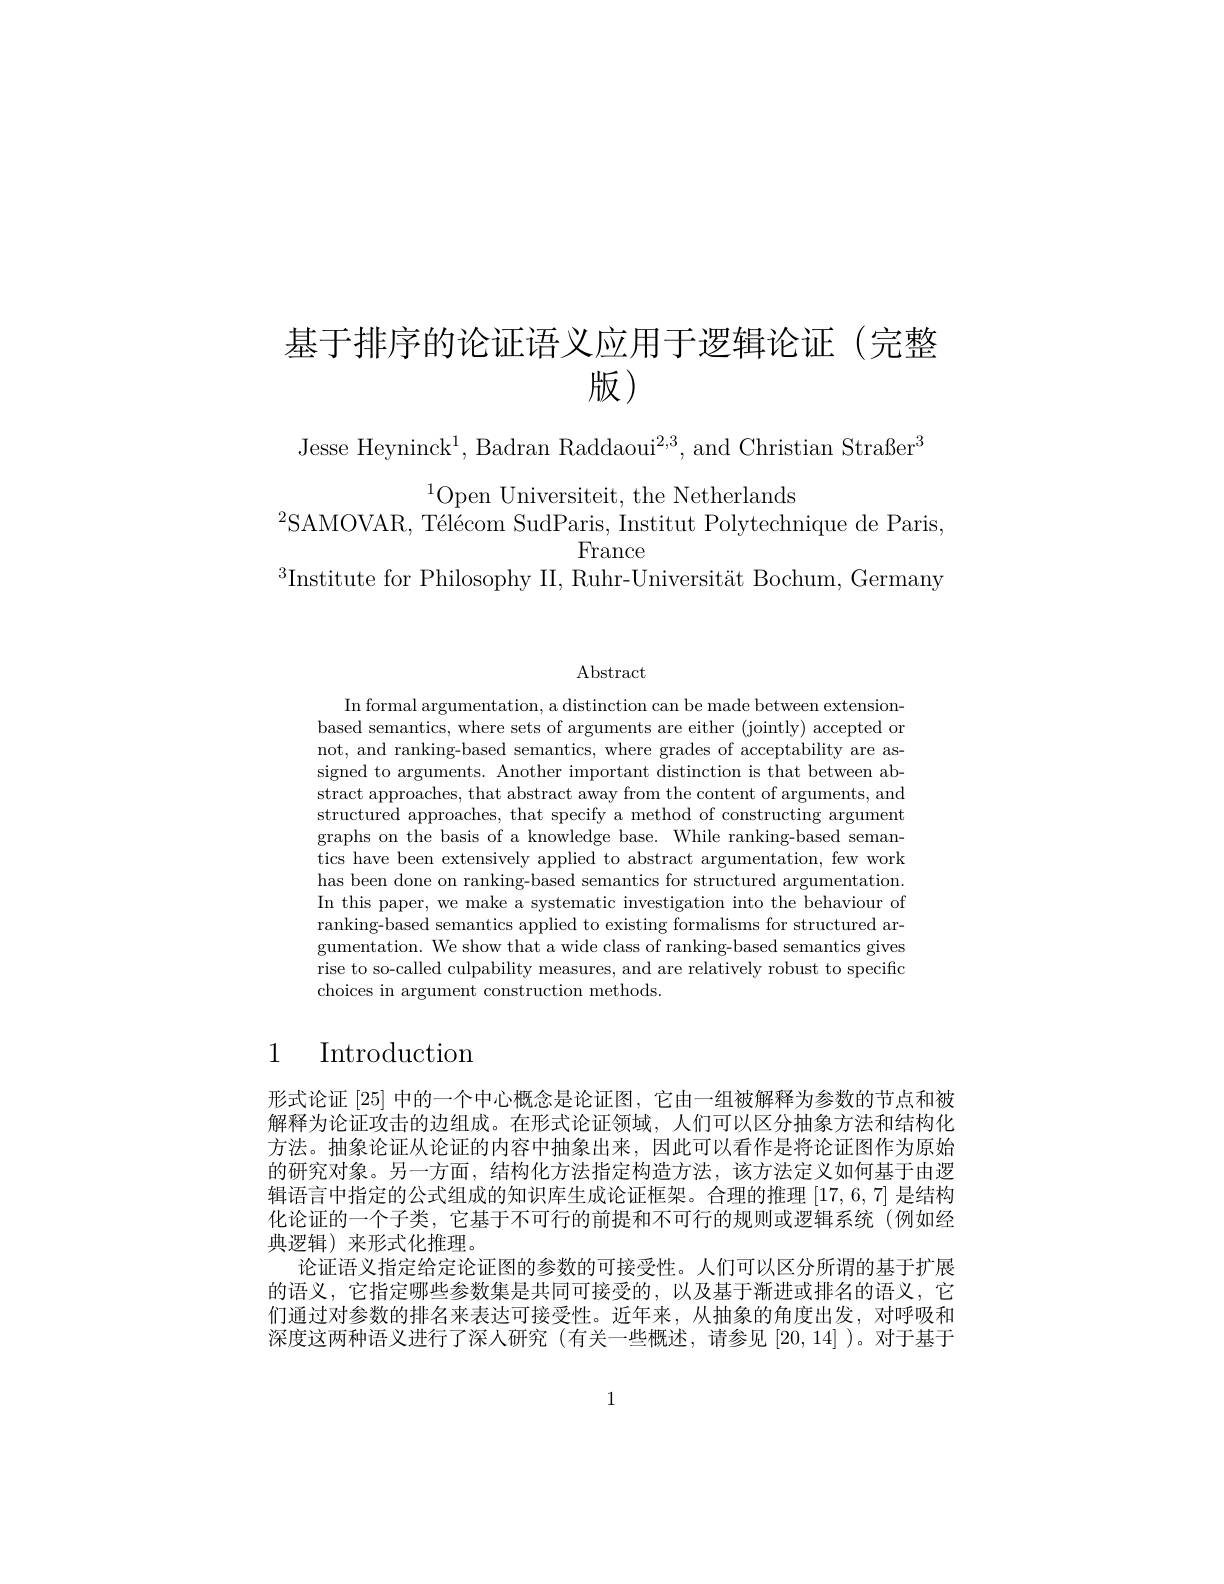
基于排序的论证语义应用于逻辑论证(完整
# 版)

Jesse Heyninck$^1$,Badran Raddaoui$^2,3$,and Christian Straßer$^3$

$^{2}$SAMOVAR, Télécom SudParis, Institut Polytechnique de Paris,

$^{1}$Open Universiteit, the Netherlands
France
$^{3}$Institute for Philosophy II, Ruhr-Universität Bochum, Germany

Abstract

In formal argumentation, a distinction can be made between extensionbased semantics, where sets of arguments are either (jointly) accepted or not, and ranking-based semantics, where grades of acceptability are assigned to arguments. Another important distinction is that between abstract approaches, that abstract away from the content of arguments, and structured approaches, that specify a method of constructing argument graphs on the basis of a knowledge base. While ranking-based semantics have been extensively applied to abstract argumentation, few work has been done on ranking-based semantics for structured argumentation. In this paper, we make a systematic investigation into the behaviour of ranking-based semantics applied to existing formalisms for structured argumentation. We show that a wide class of ranking-based semantics gives rise to so-called culpability measures, and are relatively robust to specific choices in argument construction methods.

# 1 Introduction

形式论证[25] 中的一个中心概念是论证图，它由一组被解释为参数的节点和被解释为论证攻击的边组成。在形式论证领域，人们可以区分抽象方法和结构化方法。抽象论证从论证的内容中抽象出来，因此可以看作是将论证图作为原始的研究对象。另一方面，结构化方法指定构造方法，该方法定义如何基于由逻辑语言中指定的公式组成的知识库生成论证框架。合理的推理[17,6,7]是结构化论证的一个子类，它基于不可行的前提和不可行的规则或逻辑系统(例如经典逻辑)来形式化推理。
论证语义指定给定论证图的参数的可接受性。人们可以区分所谓的基于扩展的语义，它指定哪些参数集是共同可接受的，以及基于渐进或排名的语义，它们通过对参数的排名来表达可接受性。近年来，从抽象的角度出发，对呼吸和深度这两种语义进行了深人研究(有关一些概述，请参见[20,14] )。对于基于

1